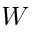
{ \cal W }